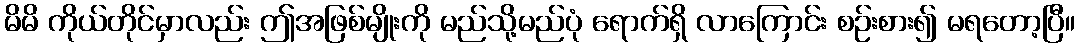
မိမိ ကိုယ်တိုင်မှာလည်း ဤအဖြစ်မျိုးကို မည်သို့မည်ပုံ ရောက်ရှိ လာကြောင်း စဉ်းစား၍ မရတော့ပြီ။